Piroplasma canis and its life cycle in the tick - Number 29
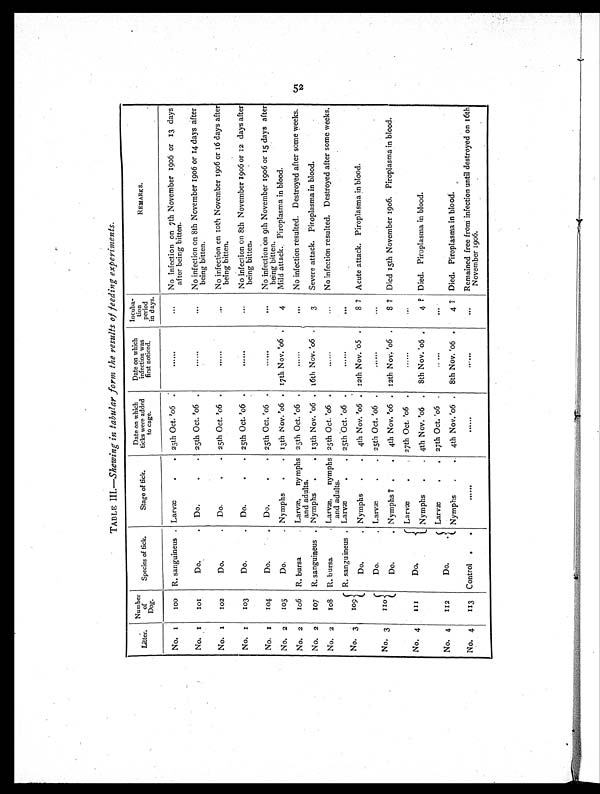
TABLE III .—Shewing in tabular form the results of feeding experiments.
Litter.
Number
of
Dog.
Species of tick.
Stage of tick.
Date on which
ticks were added
to cage.
Date on which
infection was
first noticed.
Incuba-
tion
period
in days.
REMARKS.
No. 1
1 0 0
R. sanguineus . Larvæ
. . 25th Oct. '06 .
......
. . .
No infection on 7th November 1906 or 13 days
after being bitten.
No. 1
1 0 1
Do.
.
Do.
. . 25th Oct. '06 .
......
. . .
No infection on 8th November 1906 or 14 days after
being bitten.
No. 1
102
Do.
.
Do.
. . 25th Oct. '06 .
......
. . .
No infection on 10th November 1906 or 16 days after
being bitten.
No. 1
103
Do.
.
Do.
. . 25th Oct. '06 .
. . . . . .
. . .
No infection on 8th November 1906 or 12 days after
being bitten.
No. 1
104
Do.
. Do.
. . 25th Oct. '06 .
......
...
No infection on 9th November 1906 or 15 days after
being bitten.
No. 2
105
Do.
. Nymphs
.
. 13th Nov. '06 . 17th Nov. '06 .
4
Mild attack. Piroplasma in blood.
No. 2
106
R. bursa
. Larvæ, nymphs
and adults.
25th Oct. '06 .
......
...
No infection resulted. Destroyed after some weeks.
No. 2
107
R. sanguineus . Nymphs
.
. 13th Nov. '06 . 16th Nov. '06 .
3
Severe attack. Piroplasma in blood.
No. 2
108
R. bursa
. Laræ, nymphs
and adults.
25th Oct. '06 .
. . . . . .
. . .
No infection resulted. Destroyed after some weeks.
No. 3
109
R. sanguineus . Larvæ
.
. 25th Oct. '06 .
......
. . .
Do.
. Nymphs
.
.
4th Nov. '06 . 12th Nov. '05 .
8 ? Acute attack. Piroplasma in blood.
No. 3
110
Do.
. Larvæ
. . 25th Oct.
' 0 6
.
. . . . . .
. . .
Do.
. Nymphs ? .
. 4th Nov. '06 . 12th Nov. '06 .
8 ? Died 15th November 1906. Piroplasma in blood.
No. 4
1 1 1
Do.
.
Larvæ .
Oct. '06 .
......
...
Nymphs
.
. 4th Nov. '06 .
8th Nov. '06 .
4 ? Died. Piroplasma in blood.
No. 4
112
Do.
.
Larvæ
. . 27th Oct. '06 .
. . . . .
...
Nymphs
. .
4th Nov. '06 .
8th Nov. '06 .
4 ? Died. Piroplasma in blood.
No. 4
113
Control .
. ......
......
. . . . . .
...
Remained free from infection until destroyed on 16th
November 1906.
52